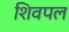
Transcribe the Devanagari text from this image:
शिवपल